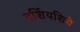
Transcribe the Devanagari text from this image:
दर्शियशिये